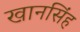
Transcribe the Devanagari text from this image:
खानसिंह